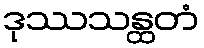
ဒုဿသန္ထတံ